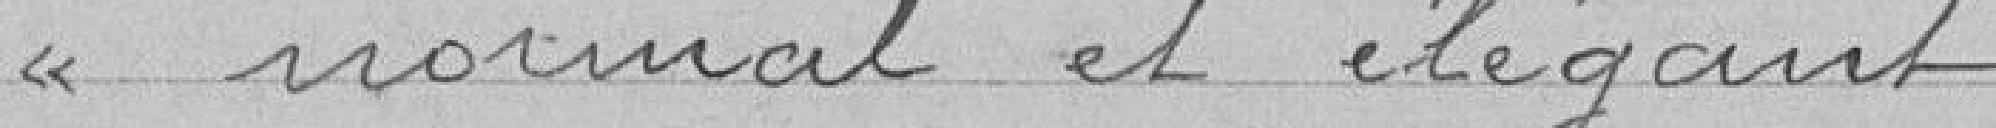
normal et élégant.